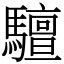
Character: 驙